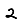
Digit: 2